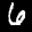
Label: 6